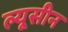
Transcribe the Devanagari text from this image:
ल्यूसीन